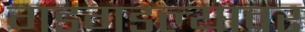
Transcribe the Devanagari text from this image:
गडगडल्यावर